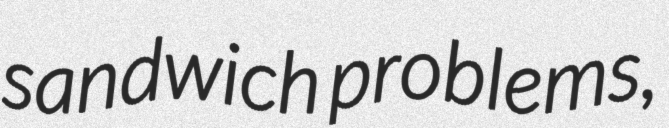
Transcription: sandwich problems,